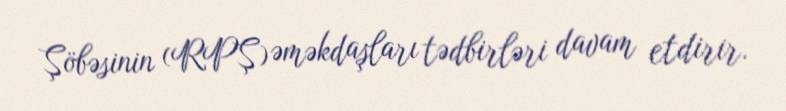
Şöbəsinin (RPŞ) əməkdaşları tədbirləri davam etdirir.